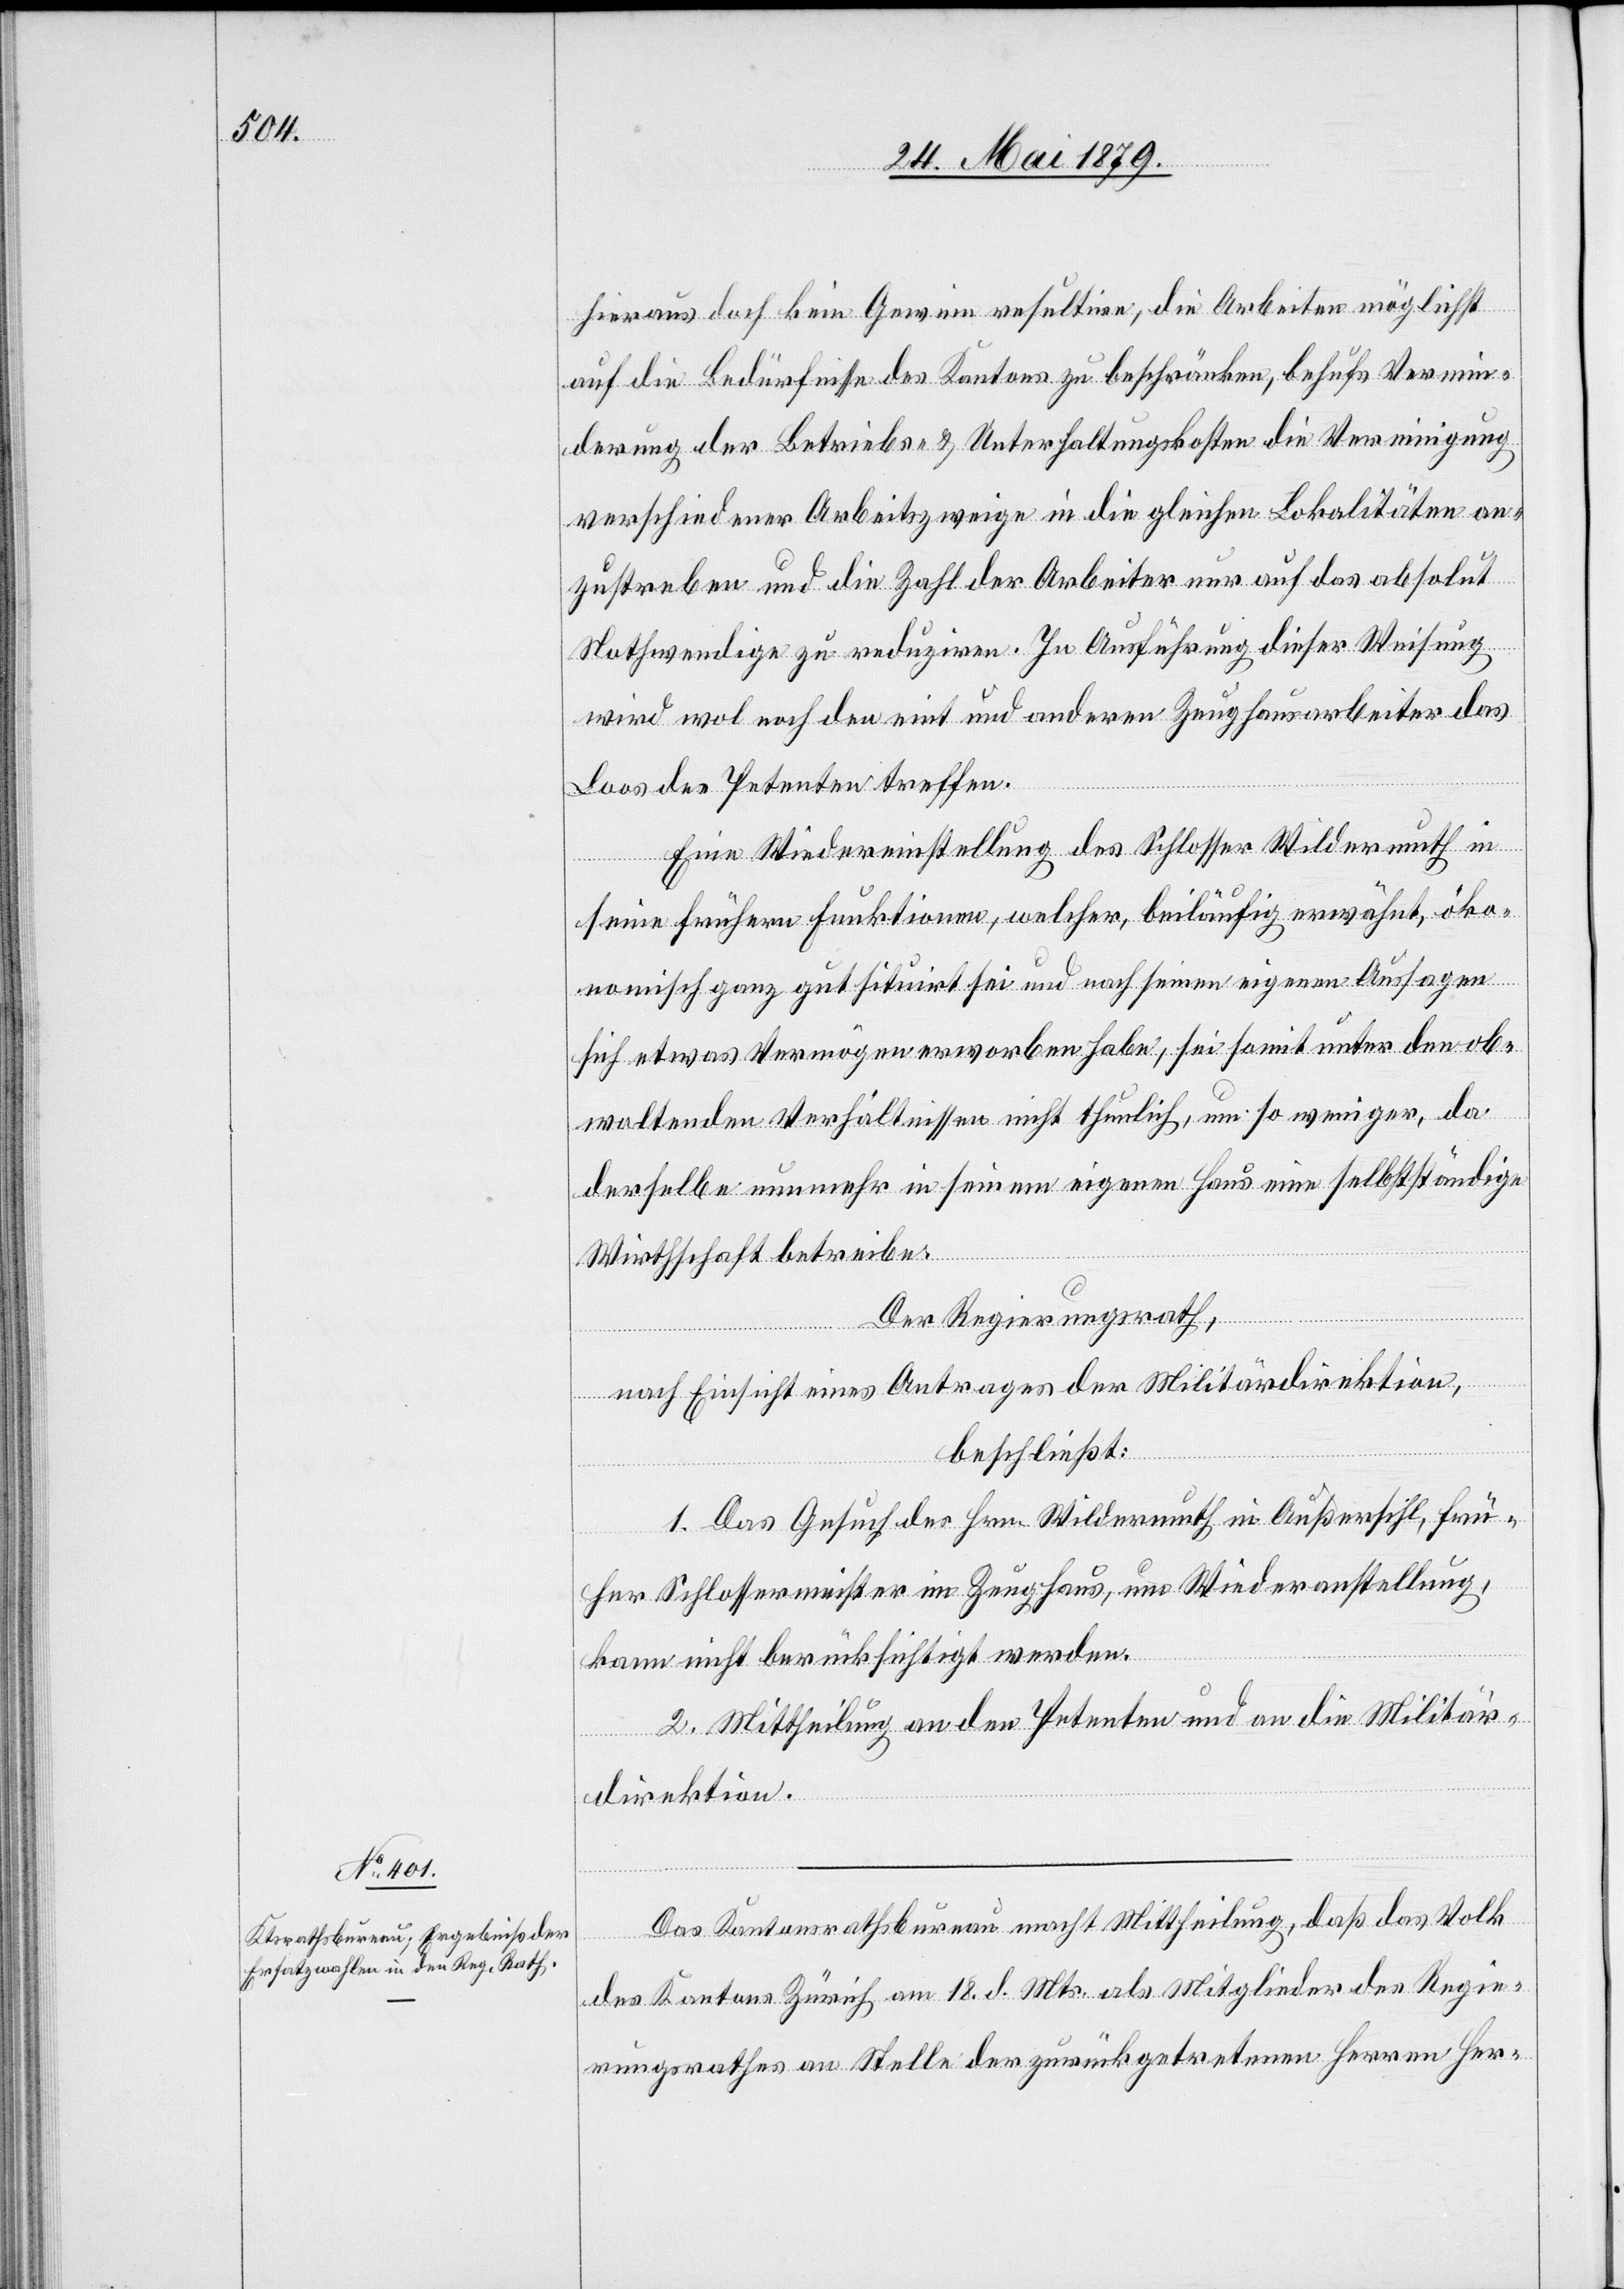
hieraus doch kein Gewinn resultire, die Arbeiten möglichst
auf die Bedürfnisse des Kantons zu beschränken, behufs Vermin¬
derung der Betriebs- & Unterhaltungskosten die Vereinigung
verschiedener Arbeitszweige in die gleichen Lokalitäten an¬
zustreben und die Zahl der Arbeiter nur auf das absolut
Nothwendige zu reduziren. In Ausführung dieser Weisung
wird wol noch den eint und anderen Zeughausarbeiter das
Loos des Petenten treffen.
Eine Wiedereinstellung des Schlosser Wildermuth in
seine frühern Funktionen, welcher, beiläufig erwähnt, öko¬
nomisch ganz gut situirt sei und nach seinen eigenen Aussagen
sich etwas Vermögen erworben habe, sei somit unter den ob¬
waltenden Verhältnissen nicht thunlich, um so weniger, da
derselbe nunmehr in seinem eigenen Haus eine selbstständige
Wirthschaft betreibe.
Der Regierungsrath,
nach Einsicht eines Antrages der Militärdirektion,
beschließt:
1. Das Gesuch des Hrn. Wildermuth in Außersihl, frü¬
her Schlossermeister im Zeughaus, um Wiederanstellung,
kann nicht berücksichtigt werden.
2. Mittheilung an den Petenten und an die Militär¬
direktion.
Das Kantonsrathsbureau macht Mittheilung, daß das Volk
des Kantons Zürich am 18. d. Mts. als Mitglieder des Regie¬
rungsrathes an Stelle der zurückgetretenen Herren Her-